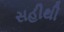
સહીથી